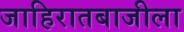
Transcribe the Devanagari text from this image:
जाहिरातबाजीला